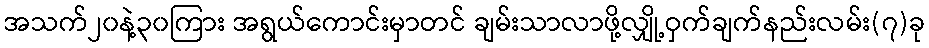
အသက်၂၀နဲ့၃၀ကြား အရွယ်ကောင်းမှာတင် ချမ်းသာလာဖို့လျှို့ဝှက်ချက်နည်းလမ်း(၇)ခု